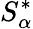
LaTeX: S_{\alpha}^{*}